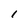
Character: I